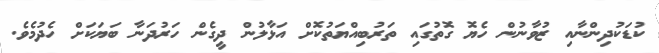
ކުޑަކުދިންނާއި ޒުވާނުން ހެޔޮ ގޮތުގައި ތަރުބިއްޔަތުކޮށް އަޅާލުން ދީގެން ހަރުދަނާ ބަޔަކަށް ހެދުމެވެ.